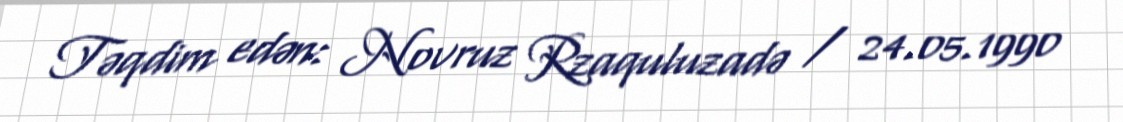
Təqdim edən: Novruz Rzaquluzadə / 24.05.1990